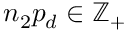
n _ { 2 } p _ { d } \in \mathbb { Z } _ { + }